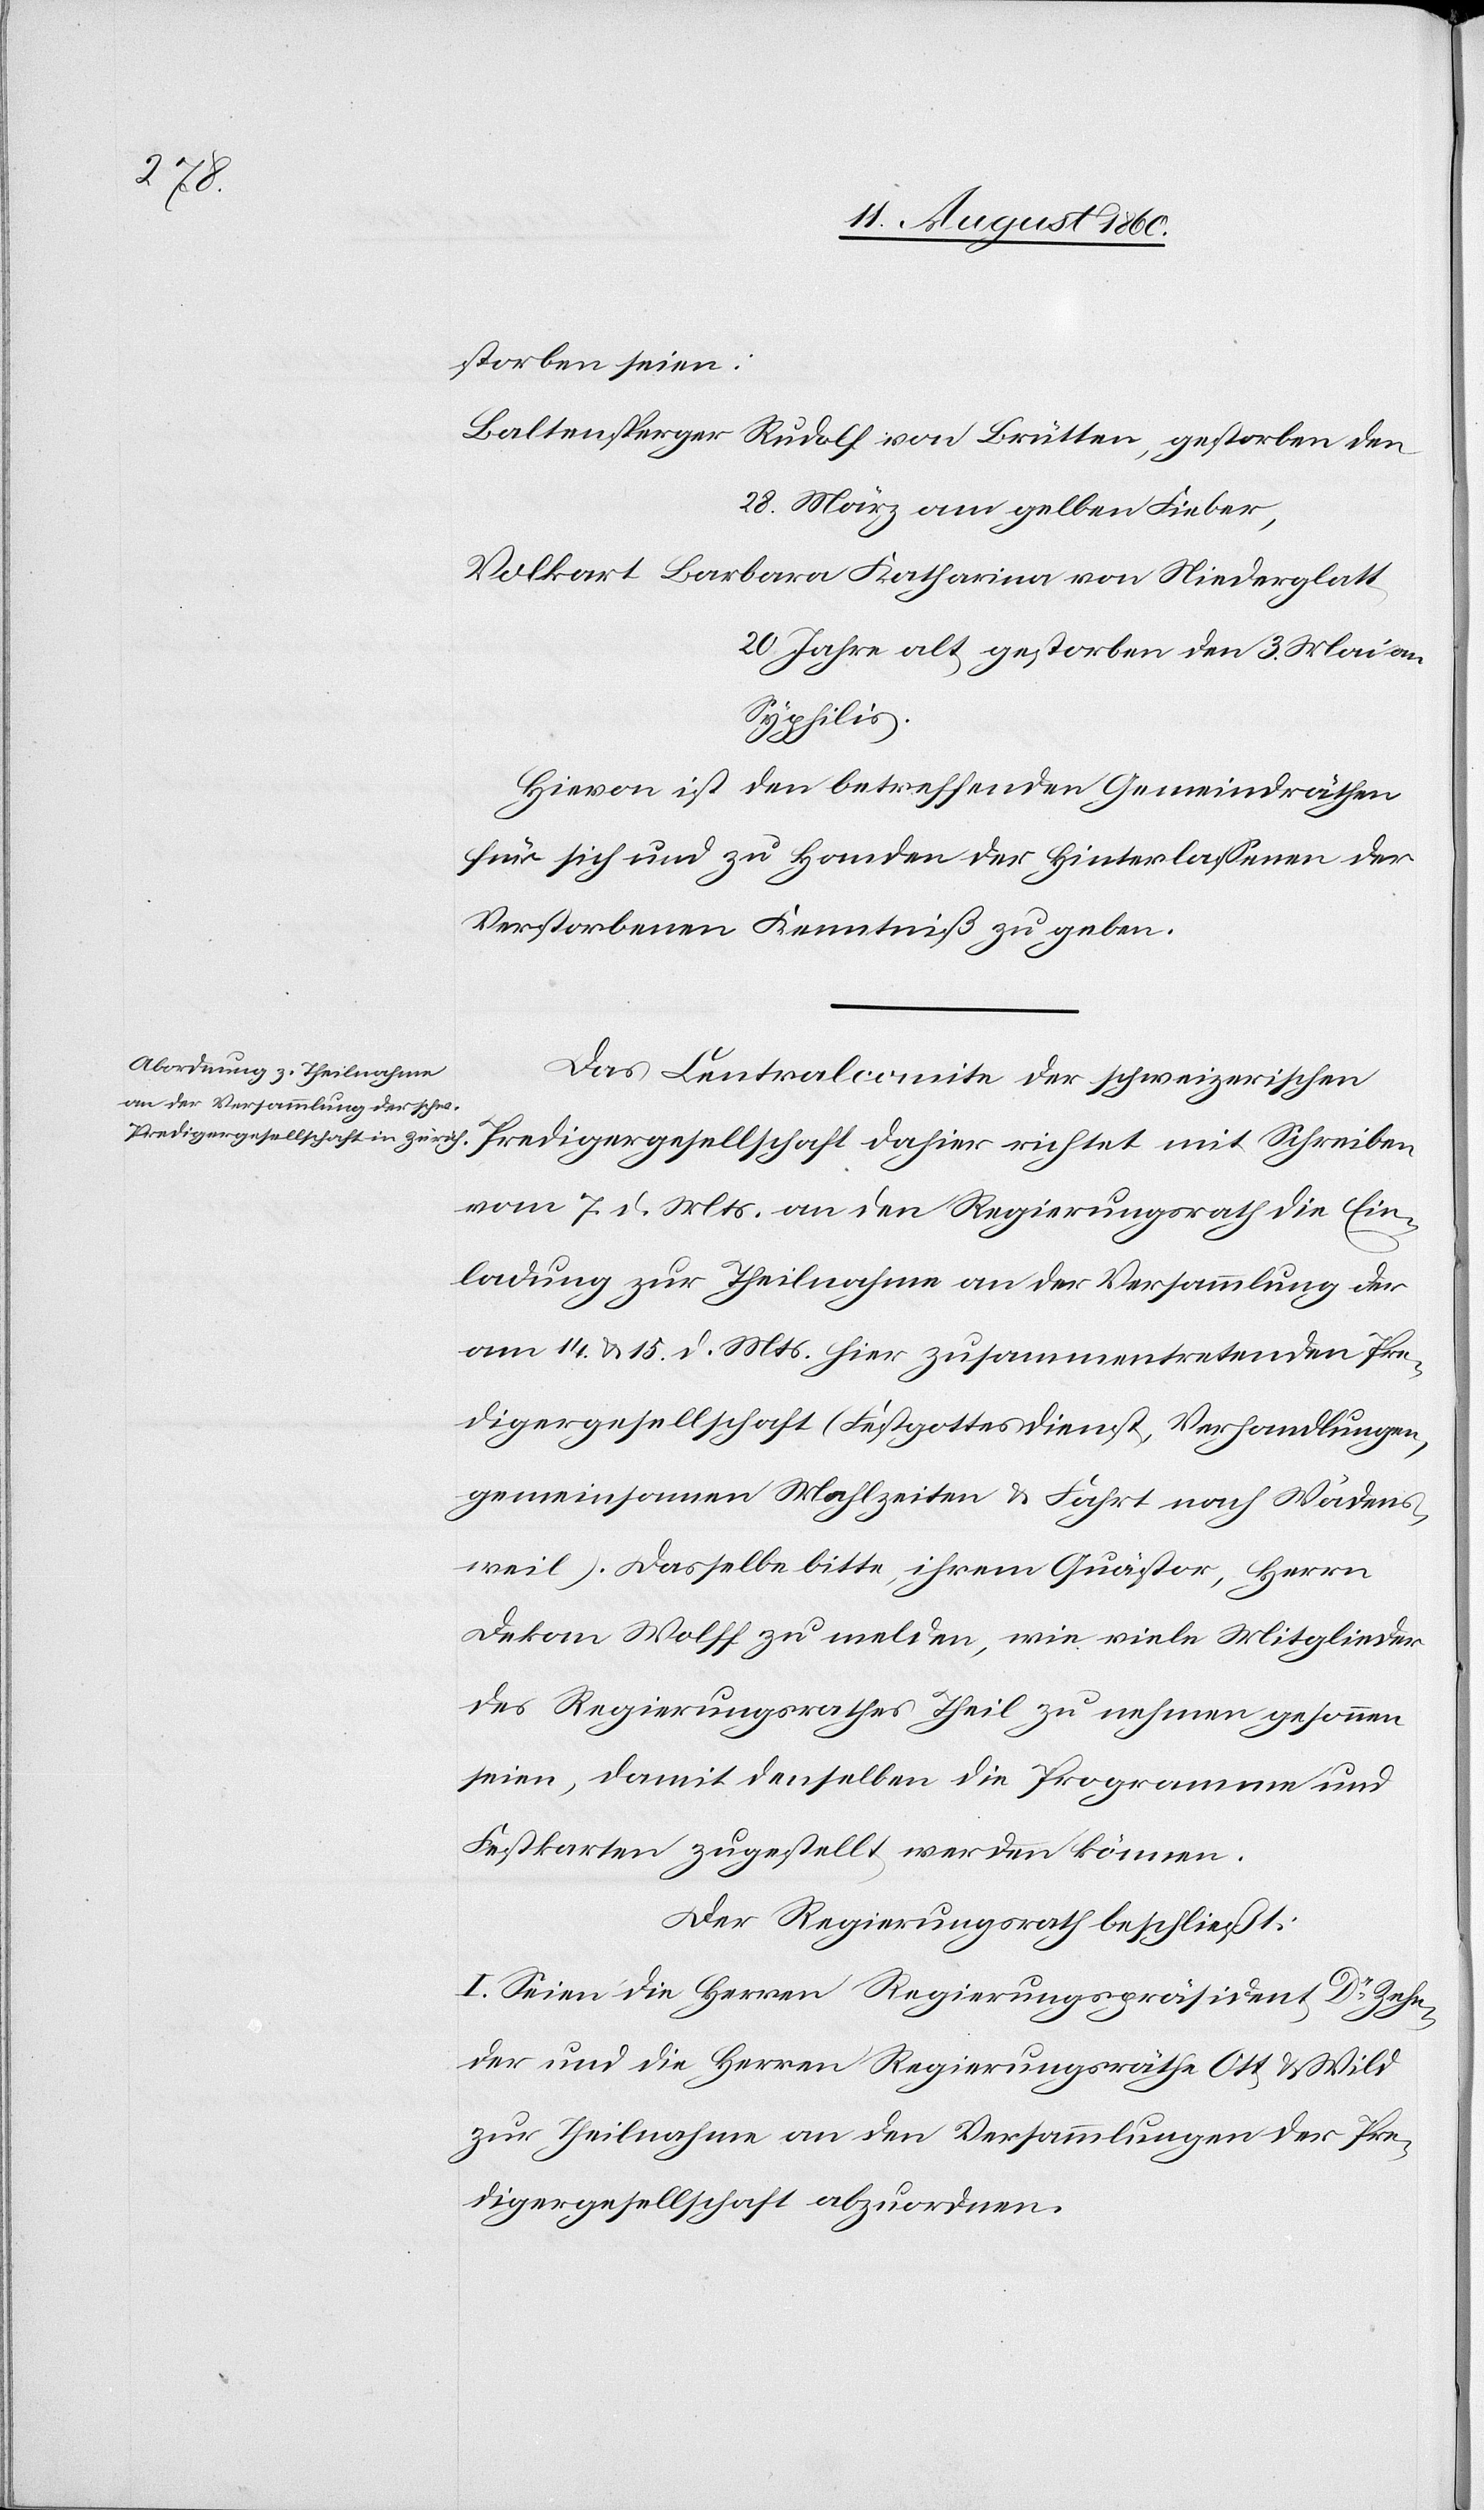
ver¬

storben seien:
Baltensperger, Rudolf von Brütten, gestorben den
28. März am gelben Fieber,
Volkart, Barbara Katharina von Niederglatt,
20 Jahre alt, gest. den 3. Mai an
Syphilis.
Hievon ist den betreffenden Gemeindräthen
für sich und zu Handen der Hinterlassenen der
Verstorbenen Kenntniss zu geben.
Das Centralkomité der schweizerischen
Predigergesellschaft, dahier richtet mit Schreiben
vom 7. d. Mts. an den Regierungsrath die Ein¬
ladung zur Theilnahme an der Versammlung der
am 14. u. 15t d. Mts. hier zusammentretenden Pre¬
digergesellschaft (Festgottesdienst, Verhandlungen,
gemeinsamen Mahlzeiten und Fahrt nach Wädens¬
weil). Dasselbe bitte, ihrem Quästor, Herrn
Dekan Wolff zu melden, wie viele Mitglieder
des Regierungsrathes Theil zu nehmen gesonnen
seien, damit denselben die Programme und
Festkarten zugestellt werden können.
Der Regierungsrath beschließt:
I. Seien die Herren Regierungspräsident Dr. Zehn¬
der und die Herren Regierungsräthe Ott & Wild
zur Theilnahme an den Versammlungen der Pre¬
digergesellschaft abzuordnen.